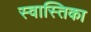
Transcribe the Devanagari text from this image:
स्वास्तिका